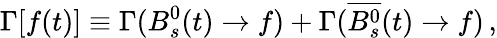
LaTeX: \Gamma[f(t)]\equiv\Gamma(B_{s}^{0}(t)\to f)+\Gamma(\overline{{{B_{s}^{0}}}}(t)\to f)\, ,